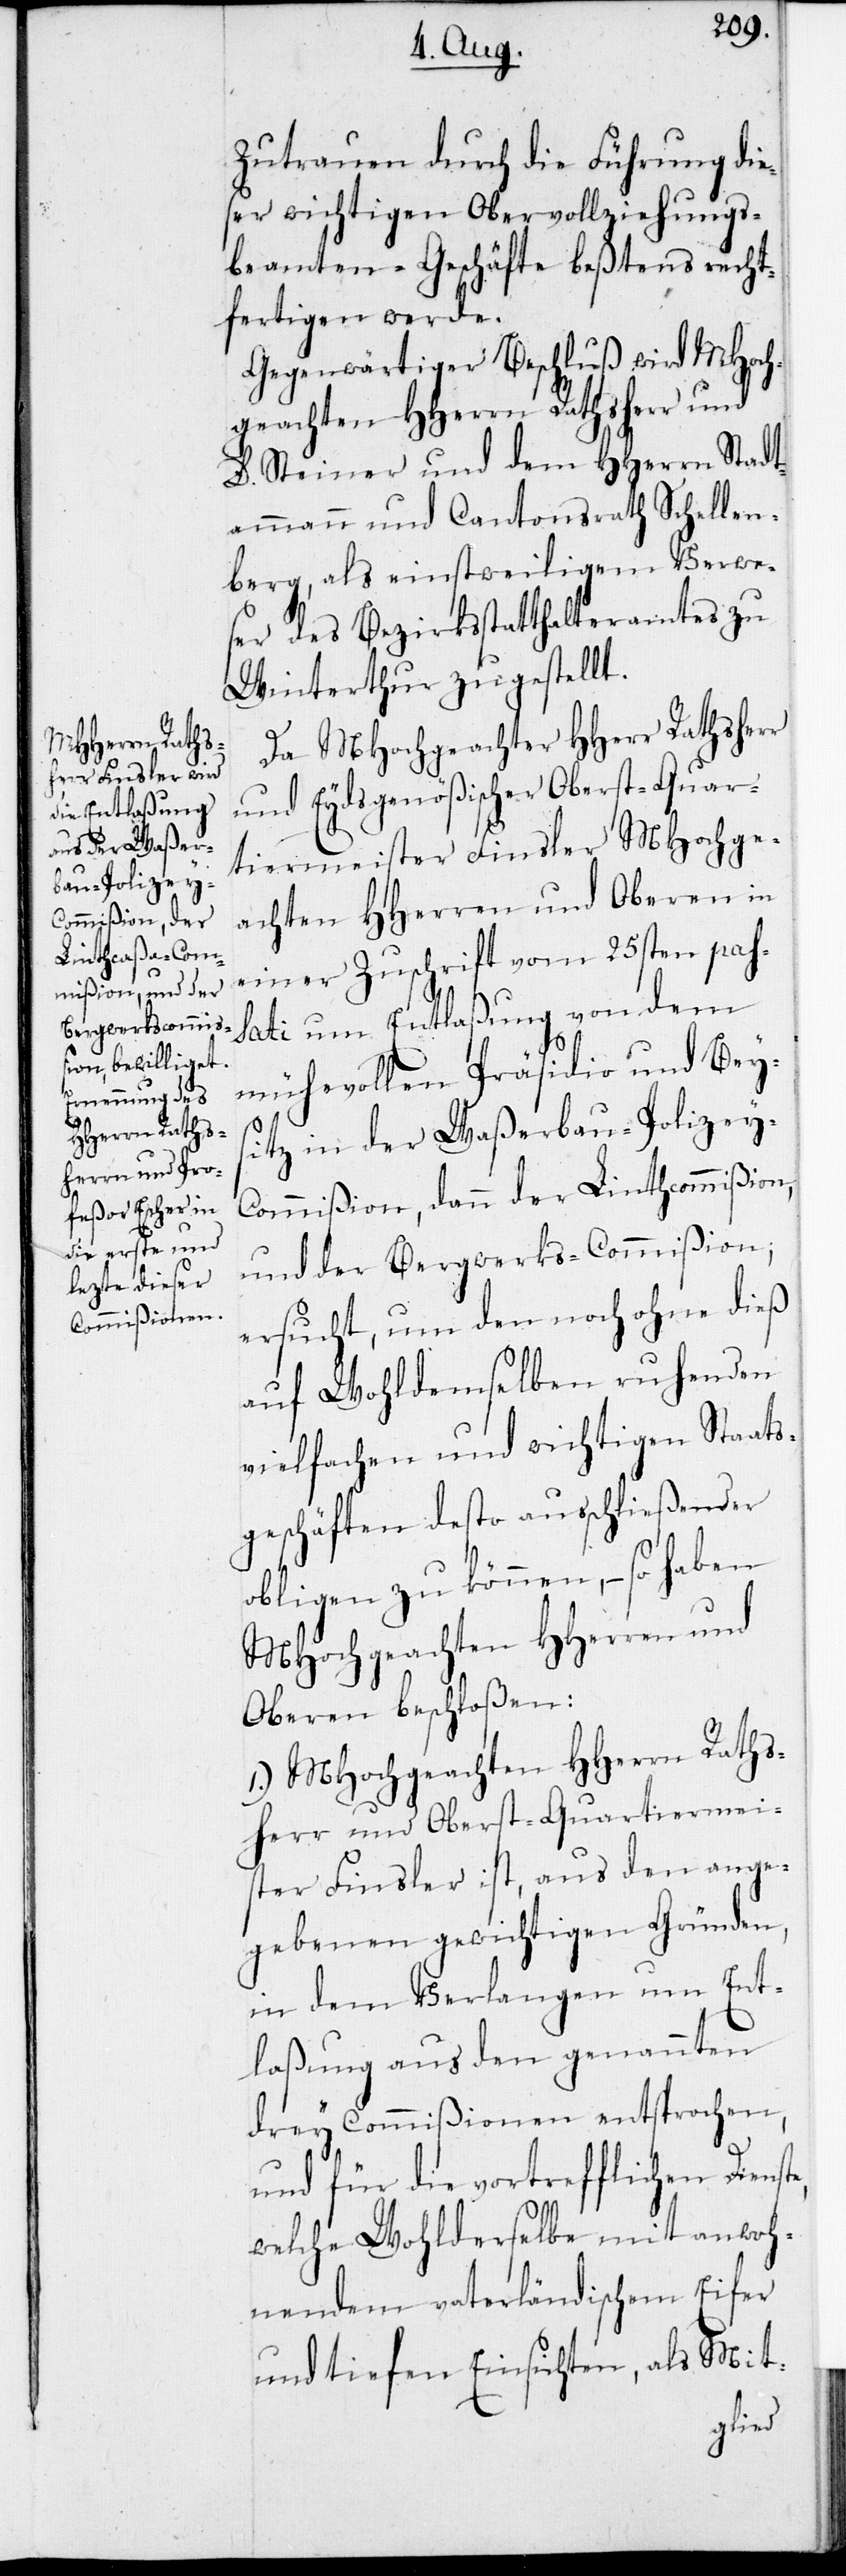
e,

Zutrauen durch die Führung die¬
ser wichtigen Obervollziehungs¬
beamten-Geschäfte beßtens recht¬
fertigen werde.
Gegenwärtiger Beschluß wird MHoch¬
geachten HHerrn Rathsherr und
D. Steiner und dem HHerrn Stadt¬
ammann und Cantonsrath Schellen¬
berg, als einstweiligem Verwes¬
er des Bezirksstatthalteramtes zu
Winterthur zugestellt.
Da MHochgeachter HHerr Rathsherr
und Eydsgenößischer Oberst-Quar¬
tiermeister Finsler MHochge¬
achten HHerren und Oberen in
einer Zuschrift vom 25sten pas¬
sati um Entlaßung von dem
mühevollen Präsidio und Beys¬
itz in der Waßerbau-Polizey-C¬
ommißion, dann der Linthcommißion,
und der Bergwerks-Commißion,
ersucht, um den noch ohne dieß
auf Wohldenselben ruhenden
vielfachen und wichtigen Staats¬
geschäften desto ausschließender
obligen zu können, – so haben
MHochgeachten HHerren und
Oberen beschloßen:
1.) MHochgeachten HHerrn Rats¬
herr und Oberst-Quartiermei¬
ster Finsler ist, aus den ange¬
gebenen gewichtigen Gründen,
in dem Verlangen um Ent¬
laßung aus den genannten
drey Commißionen entsprochen,
und für die vortrefflichen Dienst¬
welche Wohlderselbe mit anwoh¬
nendem vaterländischem Eifer
und tiefen Einsichten, als Mit-